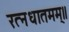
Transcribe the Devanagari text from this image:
रत्नधातमम्॥